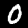
Digit: 0